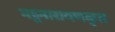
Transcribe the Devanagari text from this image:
भट्टनारायणकृत